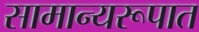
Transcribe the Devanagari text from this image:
सामान्यरूपात